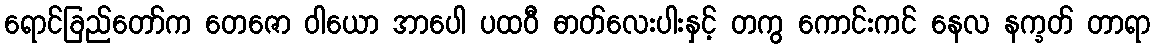
ရောင်ခြည်တော်က တေဇော ဝါယော အာပေါ ပထဝီ ဓာတ်လေးပါးနှင့် တကွ ကောင်းကင် နေလ နက္ခတ် တာရာ